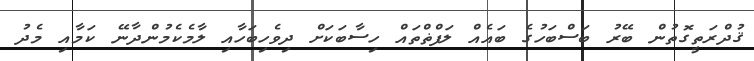
ޤުދްރަތީގޮތުން ބޭރު ބަސްބަހުގެ ބައެއް ލަފްޡްތައް ހިސާބަކަށް ދިވެހިބަހާއި ލާމެކެމުންދާނޭ ކަމާއި މެދު